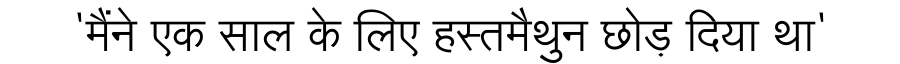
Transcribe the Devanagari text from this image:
'मैंने एक साल के लिए हस्तमैथुन छोड़ दिया था'